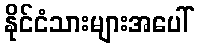
နိုင်ငံသားများအပေါ်